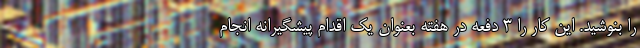
را بنوشید. این کار را 3 دفعه در هفته بعنوان یک اقدام پیشگیرانه انجام